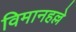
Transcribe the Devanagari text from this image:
विमानहल्ले